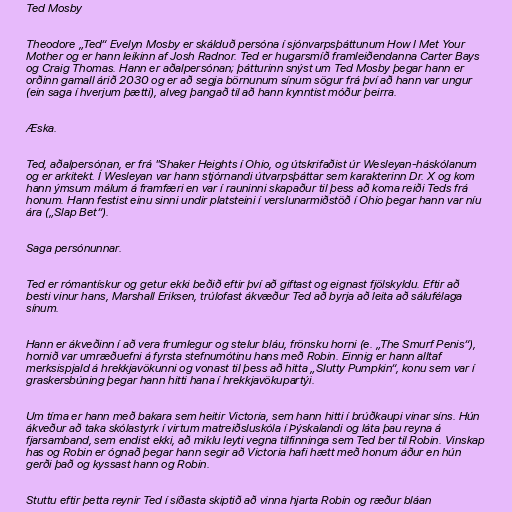
Ted Mosby

Theodore „Ted“ Evelyn Mosby er skálduð persóna í sjónvarpsþáttunum How I Met Your
Mother og er hann leikinn af Josh Radnor. Ted er hugarsmíð framleiðendanna Carter Bays
og Craig Thomas. Hann er aðalpersónan; þátturinn snýst um Ted Mosby þegar hann er
orðinn gamall árið 2030 og er að segja börnunum sínum sögur frá því að hann var ungur
(ein saga í hverjum þætti), alveg þangað til að hann kynntist móður þeirra.

Æska.

Ted, aðalpersónan, er frá "Shaker Heights í Ohio, og útskrifaðist úr Wesleyan-háskólanum
og er arkitekt. Í Wesleyan var hann stjórnandi útvarpsþáttar sem karakterinn Dr. X og kom
hann ýmsum málum á framfæri en var í rauninni skapaður til þess að koma reiði Teds frá
honum. Hann festist einu sinni undir platsteini í verslunarmiðstöð í Ohio þegar hann var níu
ára („Slap Bet“).

Saga persónunnar.

Ted er rómantískur og getur ekki beðið eftir því að giftast og eignast fjölskyldu. Eftir að
besti vinur hans, Marshall Eriksen, trúlofast ákvæður Ted að byrja að leita að sálufélaga
sínum.

Hann er ákveðinn í að vera frumlegur og stelur bláu, frönsku horni (e. „The Smurf Penis“),
hornið var umræðuefni á fyrsta stefnumótinu hans með Robin. Einnig er hann alltaf
merksispjald á hrekkjavökunni og vonast til þess að hitta „Slutty Pumpkin“, konu sem var í
graskersbúning þegar hann hitti hana í hrekkjavökupartýi.

Um tíma er hann með bakara sem heitir Victoria, sem hann hitti í brúðkaupi vinar síns. Hún
ákveður að taka skólastyrk í virtum matreiðsluskóla í Þýskalandi og láta þau reyna á
fjarsamband, sem endist ekki, að miklu leyti vegna tilfinninga sem Ted ber til Robin. Vinskap
has og Robin er ógnað þegar hann segir að Victoria hafi hætt með honum áður en hún
gerði það og kyssast hann og Robin.

Stuttu eftir þetta reynir Ted í síðasta skiptið að vinna hjarta Robin og ræður bláan